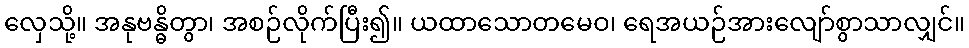
လှေသို့။ အနုဗန္ဓိတွာ၊ အစဉ်လိုက်ပြီး၍။ ယထာသောတမေဝ၊ ရေအယဉ်အားလျော်စွာသာလျှင်။